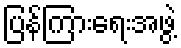
ပြန်ကြားရေးအဖွဲ့